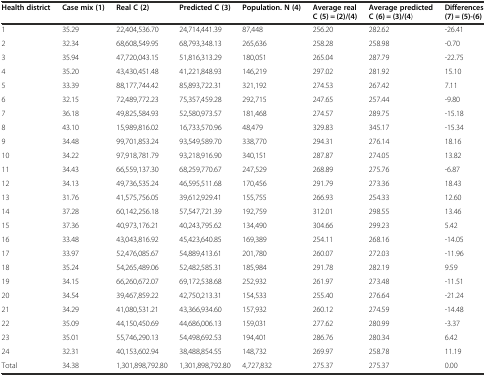
<table><thead><tr><td><b>Health district</b></td><td><b>Case mix (1)</b></td><td><b>Real C (2)</b></td><td><b>Predicted C (3)</b></td><td><b>Population. N (4)</b></td><td><b>Average real C (5) = (2)/(4)</b></td><td><b>Average predicted C (6) = (3)/(4)</b></td><td><b>Differences (7) = (5)-(6)</b></td></tr></thead><tbody><tr><td>1</td><td>35.29</td><td>22,404,536.70</td><td>24,714,441.39</td><td>87,448</td><td>256.20</td><td>282.62</td><td>-26.41</td></tr><tr><td>2</td><td>32.34</td><td>68,608,549.95</td><td>68,793,348.13</td><td>265,636</td><td>258.28</td><td>258.98</td><td>-0.70</td></tr><tr><td>3</td><td>35.94</td><td>47,720,043.15</td><td>51,816,313.29</td><td>180,051</td><td>265.04</td><td>287.79</td><td>-22.75</td></tr><tr><td>4</td><td>35.20</td><td>43,430,451.48</td><td>41,221,848.93</td><td>146,219</td><td>297.02</td><td>281.92</td><td>15.10</td></tr><tr><td>5</td><td>33.39</td><td>88,177,744.42</td><td>85,893,722.31</td><td>321,192</td><td>274.53</td><td>267.42</td><td>7.11</td></tr><tr><td>6</td><td>32.15</td><td>72,489,772.23</td><td>75,357,459.28</td><td>292,715</td><td>247.65</td><td>257.44</td><td>-9.80</td></tr><tr><td>7</td><td>36.18</td><td>49,825,584.93</td><td>52,580,973.57</td><td>181,468</td><td>274.57</td><td>289.75</td><td>-15.18</td></tr><tr><td>8</td><td>43.10</td><td>15,989,816.02</td><td>16,733,570.96</td><td>48,479</td><td>329.83</td><td>345.17</td><td>-15.34</td></tr><tr><td>9</td><td>34.48</td><td>99,701,853.24</td><td>93,549,589.70</td><td>338,770</td><td>294.31</td><td>276.14</td><td>18.16</td></tr><tr><td>10</td><td>34.22</td><td>97,918,781.79</td><td>93,218,916.90</td><td>340,151</td><td>287.87</td><td>274.05</td><td>13.82</td></tr><tr><td>11</td><td>34.43</td><td>66,559,137.30</td><td>68,259,770.67</td><td>247,529</td><td>268.89</td><td>275.76</td><td>-6.87</td></tr><tr><td>12</td><td>34.13</td><td>49,736,535.24</td><td>46,595,511.68</td><td>170,456</td><td>291.79</td><td>273.36</td><td>18.43</td></tr><tr><td>13</td><td>31.76</td><td>41,575,756.05</td><td>39,612,929.41</td><td>155,755</td><td>266.93</td><td>254.33</td><td>12.60</td></tr><tr><td>14</td><td>37.28</td><td>60,142,256.18</td><td>57,547,721.39</td><td>192,759</td><td>312.01</td><td>298.55</td><td>13.46</td></tr><tr><td>15</td><td>37.36</td><td>40,973,176.21</td><td>40,243,795.62</td><td>134,490</td><td>304.66</td><td>299.23</td><td>5.42</td></tr><tr><td>16</td><td>33.48</td><td>43,043,816.92</td><td>45,423,640.85</td><td>169,389</td><td>254.11</td><td>268.16</td><td>-14.05</td></tr><tr><td>17</td><td>33.97</td><td>52,476,085.67</td><td>54,889,413.61</td><td>201,780</td><td>260.07</td><td>272.03</td><td>-11.96</td></tr><tr><td>18</td><td>35.24</td><td>54,265,489.06</td><td>52,482,585.31</td><td>185,984</td><td>291.78</td><td>282.19</td><td>9.59</td></tr><tr><td>19</td><td>34.15</td><td>66,260,672.07</td><td>69,172,538.68</td><td>252,932</td><td>261.97</td><td>273.48</td><td>-11.51</td></tr><tr><td>20</td><td>34.54</td><td>39,467,859.22</td><td>42,750,213.31</td><td>154,533</td><td>255.40</td><td>276.64</td><td>-21.24</td></tr><tr><td>21</td><td>34.29</td><td>41,080,531.21</td><td>43,366,934.60</td><td>157,932</td><td>260.12</td><td>274.59</td><td>-14.48</td></tr><tr><td>22</td><td>35.09</td><td>44,150,450.69</td><td>44,686,006.13</td><td>159,031</td><td>277.62</td><td>280.99</td><td>-3.37</td></tr><tr><td>23</td><td>35.01</td><td>55,746,290.13</td><td>54,498,692.53</td><td>194,401</td><td>286.76</td><td>280.34</td><td>6.42</td></tr><tr><td>24</td><td>32.31</td><td>40,153,602.94</td><td>38,488,854.55</td><td>148,732</td><td>269.97</td><td>258.78</td><td>11.19</td></tr><tr><td>Total</td><td>34.38</td><td>1,301,898,792.80</td><td>1,301,898,792.80</td><td>4,727,832</td><td>275.37</td><td>275.37</td><td>0.00</td></tr></tbody></table>